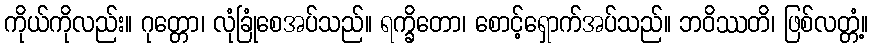
ကိုယ်ကိုလည်း။ ဂုတ္တော၊ လုံခြုံစေအပ်သည်။ ရက္ခိတော၊ စောင့်ရှောက်အပ်သည်။ ဘဝိဿတိ၊ ဖြစ်လတ္တံ့။